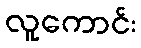
လူကောင်း